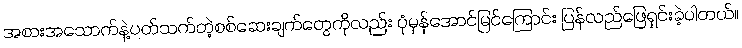
အစားအသောက်နဲ့ပတ်သက်တဲ့စစ်ဆေးချက်တွေကိုလည်း ပုံမှန်အောင်မြင်ကြောင်း ပြန်လည်ဖြေရှင်းခဲ့ပါတယ်။